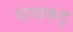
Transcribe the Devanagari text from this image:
बाळकडु